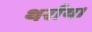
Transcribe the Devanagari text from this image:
थर्राया